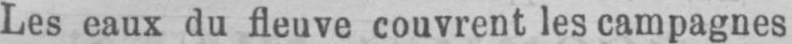
Les eaux du fleuve couvrent les campagnes